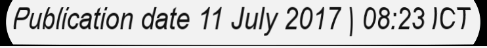
Publication date 11 July 2017 | 08:23 ICT